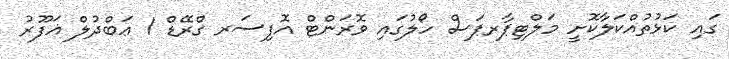
ގައި ކަޅުތުއްކަލާކޮށީ މަލްޓިޕާރޕަސް ހޯލުގައި ވޮރަންޓް އޮފިސަރ ގްރޭޑް 1 ޢަބްދުލް ޣަފޫރު